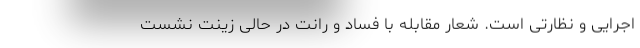
اجرایی و نظارتی است. شعار مقابله با فساد و رانت در حالی زینت نشست